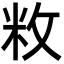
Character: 敉